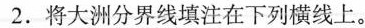
2.将大洲分界线填注在下列横线上。